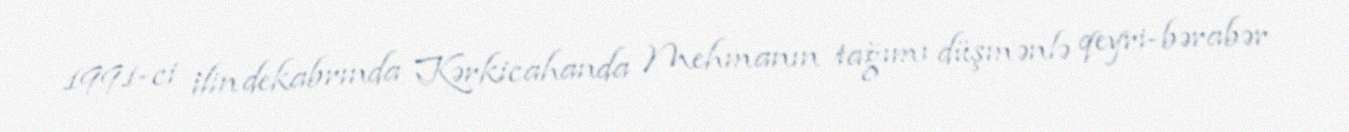
1991-ci ilin dekabrında Kərkicahanda Mehmanın tağımı düşmənlə qeyri-bərabər